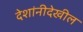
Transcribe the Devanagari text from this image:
देशांनीदेखील